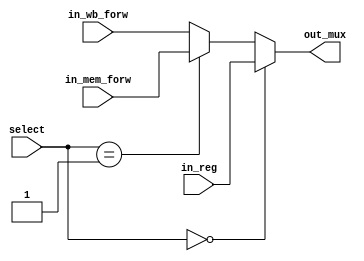
`timescale 1ns / 1ps
//////////////////////////////////////////////////////////////////////////////////
//	Alumnos:
//				 Ortmann, Nestor Javier
// 				 Trejo, Bruno Guillermo
// Year: 		 2019
// Module Name:  MUX PARA LAS ENTRADAS DE LA ALU
//////////////////////////////////////////////////////////////////////////////////

module FORWARDING_MUX #(
	parameter len_data = 32
	) (
	input [len_data-1:0] in_reg,		//entrada desde registros
	input [len_data-1:0] in_mem_forw,	//salida de alu de clock anterior
	input [len_data-1:0] in_wb_forw,	//salida del mux final de writeback
	input [1:0] select,
	output [len_data-1:0] out_mux
    );

    assign out_mux 	= (select == 2'b00) ? in_reg
    				: (select == 2'b01) ? in_mem_forw
    									: in_wb_forw;    
endmodule